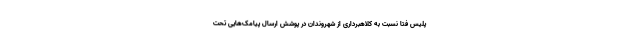
پلیس فتا نسبت به کلاهبرداری از شهروندان در پوشش ارسال پیامک‌هایی تحت